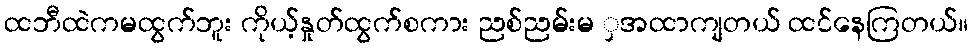
ထဘီထဲကမထွက်ဘူး ကိုယ့်နှုတ်ထွက်စကား ညစ်ညမ်းမ ှအထာကျတယ် ထင်နေကြတယ်။